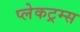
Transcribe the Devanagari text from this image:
प्लेकट्रम्स